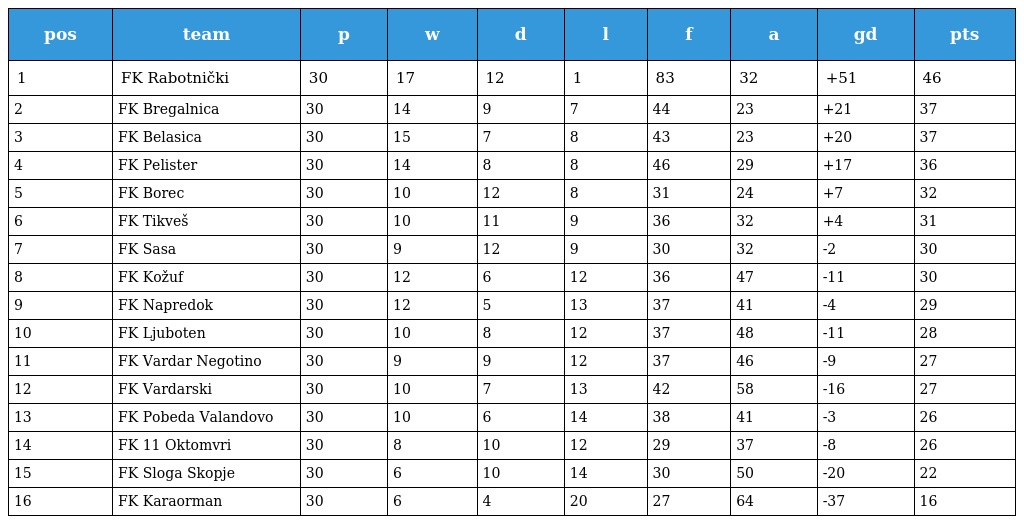
| pos | team | p | w | d | l | f | a | gd | pts |
 | --- | --- | --- | --- | --- | --- | --- | --- | --- | --- |
 | 1 | FK Rabotnički | 30 | 17 | 12 | 1 | 83 | 32 | +51 | 46 |
 | 2 | FK Bregalnica | 30 | 14 | 9 | 7 | 44 | 23 | +21 | 37 |
 | 3 | FK Belasica | 30 | 15 | 7 | 8 | 43 | 23 | +20 | 37 |
 | 4 | FK Pelister | 30 | 14 | 8 | 8 | 46 | 29 | +17 | 36 |
 | 5 | FK Borec | 30 | 10 | 12 | 8 | 31 | 24 | +7 | 32 |
 | 6 | FK Tikveš | 30 | 10 | 11 | 9 | 36 | 32 | +4 | 31 |
 | 7 | FK Sasa | 30 | 9 | 12 | 9 | 30 | 32 | -2 | 30 |
 | 8 | FK Kožuf | 30 | 12 | 6 | 12 | 36 | 47 | -11 | 30 |
 | 9 | FK Napredok | 30 | 12 | 5 | 13 | 37 | 41 | -4 | 29 |
 | 10 | FK Ljuboten | 30 | 10 | 8 | 12 | 37 | 48 | -11 | 28 |
 | 11 | FK Vardar Negotino | 30 | 9 | 9 | 12 | 37 | 46 | -9 | 27 |
 | 12 | FK Vardarski | 30 | 10 | 7 | 13 | 42 | 58 | -16 | 27 |
 | 13 | FK Pobeda Valandovo | 30 | 10 | 6 | 14 | 38 | 41 | -3 | 26 |
 | 14 | FK 11 Oktomvri | 30 | 8 | 10 | 12 | 29 | 37 | -8 | 26 |
 | 15 | FK Sloga Skopje | 30 | 6 | 10 | 14 | 30 | 50 | -20 | 22 |
 | 16 | FK Karaorman | 30 | 6 | 4 | 20 | 27 | 64 | -37 | 16 |